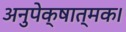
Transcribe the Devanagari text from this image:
अनुपेक्षात्मक।